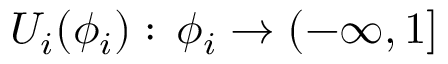
U _ { i } ( \phi _ { i } ) : \, \phi _ { i } \to ( - \infty , 1 ]